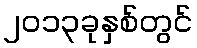
၂၀၁၃ခုနှစ်တွင်